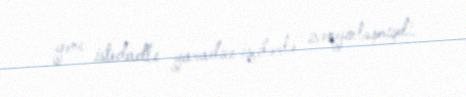
gənc istedadlı yaradıcı işçilərlə zənginləşmişdi.